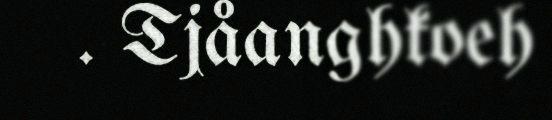
. Tjåanghkoeh